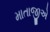
માતાજીએ